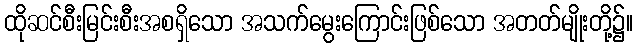
ထိုဆင်စီးမြင်းစီးအစရှိသော အသက်မွေးကြောင်းဖြစ်သော အတတ်မျိုးတို့၌။